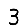
Digit: 3